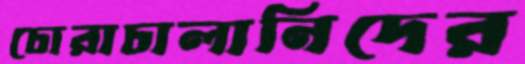
চোরাচালানিদের